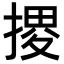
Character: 𢱩